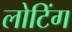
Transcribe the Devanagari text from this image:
लोटिंग